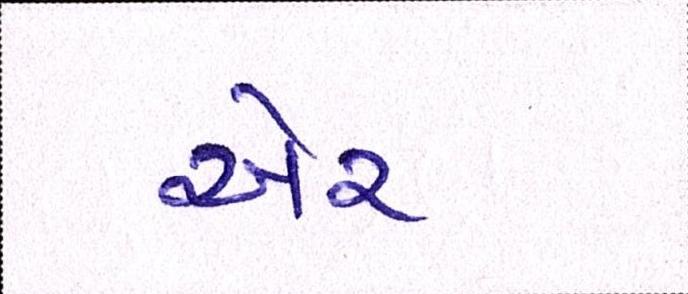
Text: ઍર